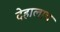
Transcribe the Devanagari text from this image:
देहालाच